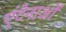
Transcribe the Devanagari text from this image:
एंटेनाओं